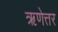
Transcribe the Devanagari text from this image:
ऋणेत्तर